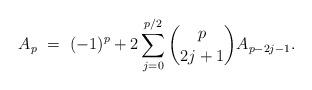
LaTeX: \begin{align*} A_{p} \ = \ (-1)^p + 2\sum_{j=0}^{p/2} \binom{p}{2j+1} A_{p-2j-1}. \end{align*}